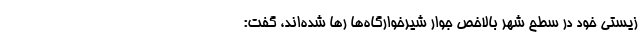
زیستی خود در سطح شهر بالاخص جوار شیرخوارگاه‌ها رها شده‌اند، گفت: